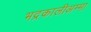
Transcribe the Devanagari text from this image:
भद्रकालीअम्मा